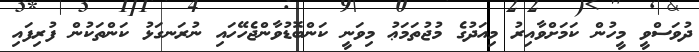
ދުވަސްވީ މީހުން ކަމަށްވާއިރު މިއަދުގެ މުޖުތަމަޢު މިވަނީ ކަންބޮޑުވާންޖެހޭހައި ނުރަނގަޅު ކަންތަކުން ފުރިފައި